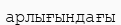
арлығындағы